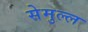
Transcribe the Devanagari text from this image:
सेमुल्ल